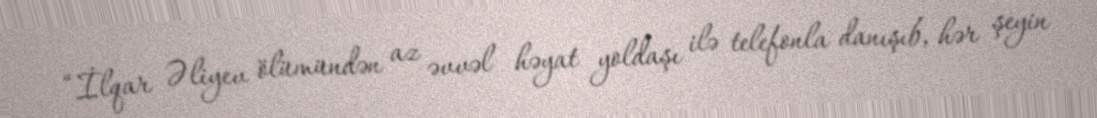
“İlqar Əliyev ölümündən az əvvəl həyat yoldaşı ilə telefonla danışıb, hər şeyin